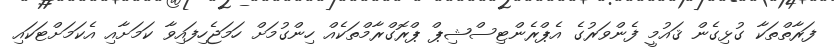
ފަރާތްތަކާ ގުޅިގެން ޤައުމީ ފެންވަރުގެ އެޕްރެންޓިސްޝިޕް ޕްރޮގްރާމްތަކެއް ހިންގުމަށް ހަމަޖެހިފައިވާ ކަަމަށާއި އެކަމަށްޓަކައި